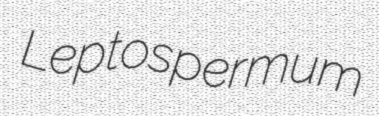
Leptospermum